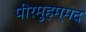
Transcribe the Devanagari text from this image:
पीरमुहम्मद